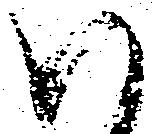
い